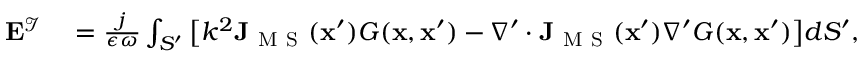
\begin{array} { r l } { \mathbf { E } ^ { \mathcal { I } } } & { { } { } = \frac { j } { \epsilon \omega } \int _ { S ^ { \prime } } \big [ k ^ { 2 } \mathbf { J } _ { \mathrm { ~ M ~ S ~ } } ( \mathbf { x } ^ { \prime } ) G ( \mathbf { x } , \mathbf { x } ^ { \prime } ) - \nabla ^ { \prime } \cdot \mathbf { J } _ { \mathrm { ~ M ~ S ~ } } ( \mathbf { x } ^ { \prime } ) \nabla ^ { \prime } G ( \mathbf { x } , \mathbf { x } ^ { \prime } ) \big ] d S ^ { \prime } , } \end{array}